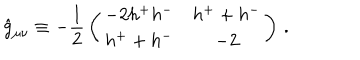
\hat { g } _ { \mu \nu } \equiv - \frac 1 2 \, \left( \begin{array} { c c } { { - 2 h ^ { + } h ^ { - } } } & { { h ^ { + } + h ^ { - } } } \\ { { h ^ { + } + h ^ { - } } } & { { - 2 } } \\ \end{array} \right) \, .